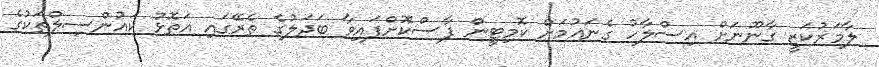
ލާމަރުކަޒީ ގާނޫނަށް އިސްލާހު ގެނައުމަށް ކޮމިޓީން ފާސްކޮށްފައިވާ ބަދަލުގެ ތެރޭގައި އަތޮޅު ކައުންސިލްތަކުގެ